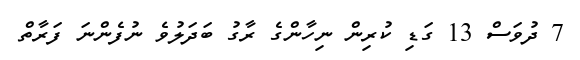
7 ދުވަސް 13 ގަޑި ކުރިން ނިހާންގެ ރާގު ބަދަލުވެ ނުފެންނަ ފަރާތް